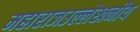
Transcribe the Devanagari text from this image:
महाराजउल्लेखनीय